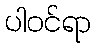
ပါဝင်ရာ